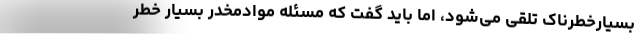
بسیارخطرناک تلقی می‌شود، اما باید گفت که مسئله موادمخدر بسیار خطر